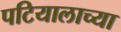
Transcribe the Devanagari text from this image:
पटियालाच्या